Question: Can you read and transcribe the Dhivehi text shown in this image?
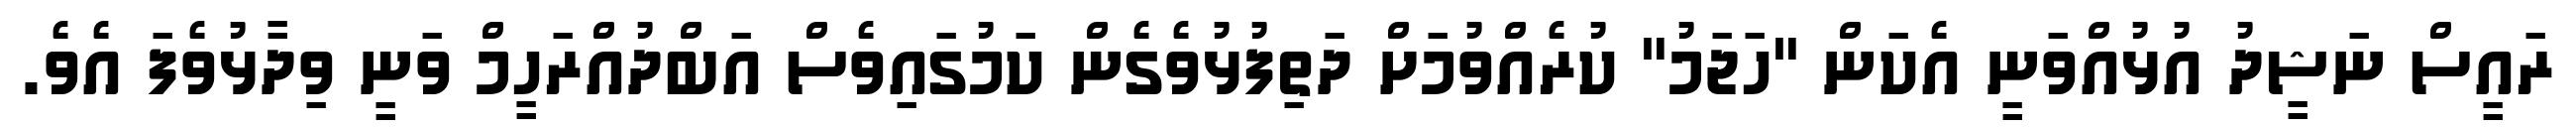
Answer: ރައީސް ނަޝީދު އުޅުއްވަނީ އެކަން "ހަޖަމު" ކުރެއްވުމަށް ދަތިފުޅުވެގެން ކަމުގައިވެސް އަބްދުއްރަހީމް ވަނީ ވިދާޅުވެފަ އެވެ.